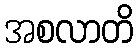
အစလာတိ